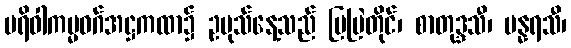
ပရိဝါကမ္မဝဂ်အဋ္ဌကထာ၌ ဥပုသ်နေ့သည် ပြမြဲတိုင်၊ စာတုဒ္ဒသီ၊ ပန္နရသီ၊